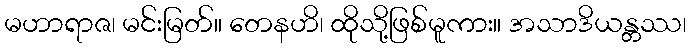
မဟာရာဇ၊ မင်းမြတ်။ တေနဟိ၊ ထိုသို့ဖြစ်မူကား။ အသာဒိယန္တဿ၊